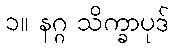
၁။ နဂ္ဂ သိက္ခာပုဒ်